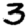
Digit: 3